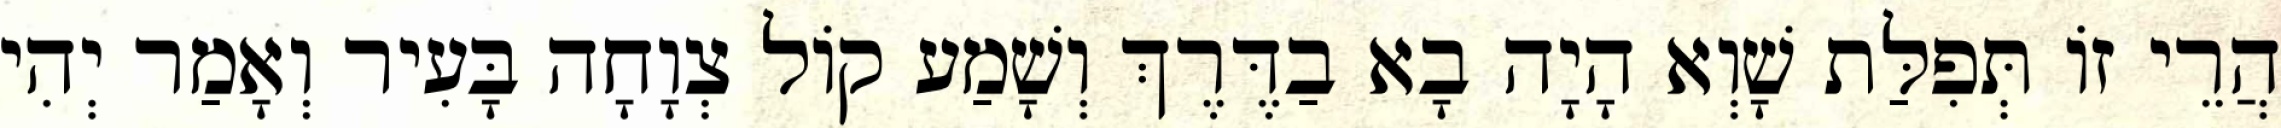
הֲרֵי זוֹ תְּפִלַּת שָׁוְא הָיָה בָא בַדֶּרֶךְ וְשָׁמַע קוֹל צְוָחָה בָּעִיר וְאָמַר יְהִי